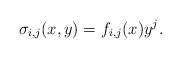
\begin{align*}\sigma_{i,j}(x,y)=f_{i,j}(x)y^j.\end{align*}